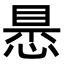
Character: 𢝝